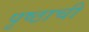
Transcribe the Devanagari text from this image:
पृष्ठाची